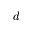
d